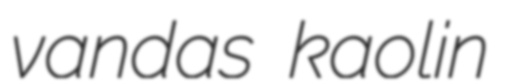
vandas kaolin